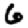
Digit: 6